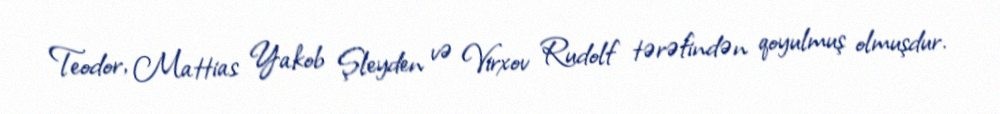
Teodor, Mattias Yakob Şleyden və Virxov Rudolf tərəfindən qoyulmuş olmuşdur.